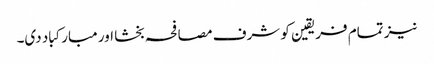
نیز تمام فریقین کو شرف مصافحہ بخشا اور مبارکباد دی۔